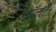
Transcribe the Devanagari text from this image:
मॉनते